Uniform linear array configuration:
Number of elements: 24
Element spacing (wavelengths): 0.5
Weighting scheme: hamming
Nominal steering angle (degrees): -60
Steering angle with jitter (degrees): -60.94
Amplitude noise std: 0.05
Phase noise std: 0.05

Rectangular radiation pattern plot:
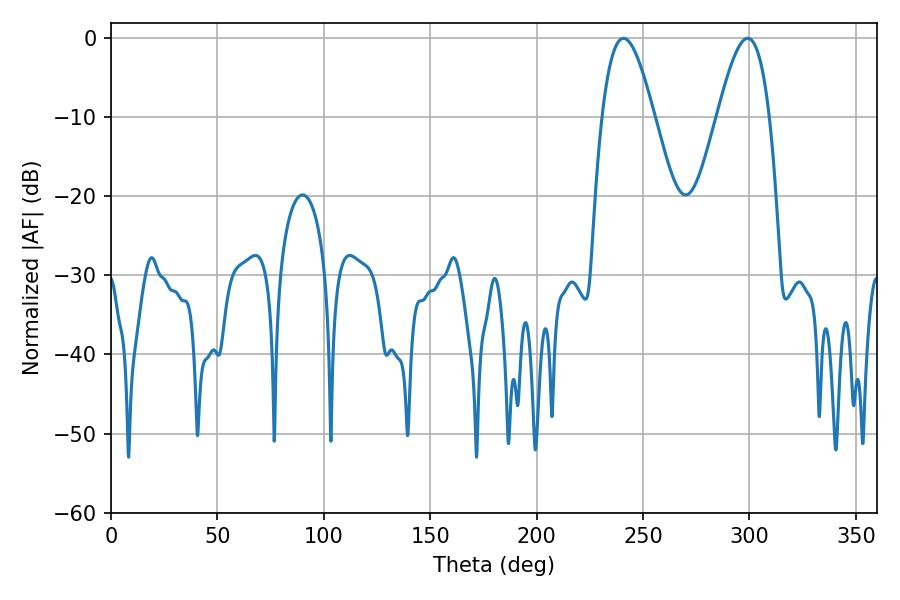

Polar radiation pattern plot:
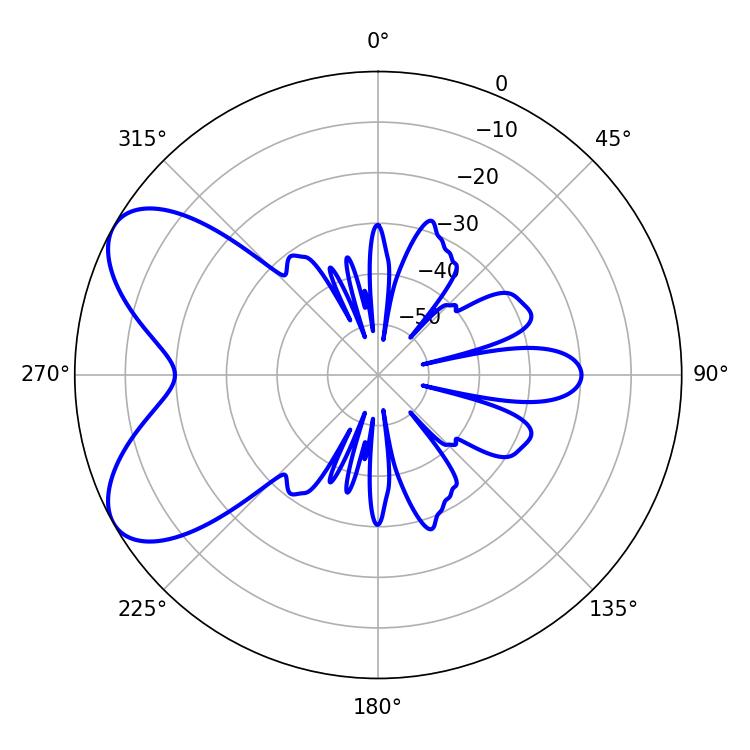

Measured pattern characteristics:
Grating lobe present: FALSE
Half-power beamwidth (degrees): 13.14
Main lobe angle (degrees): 240.84